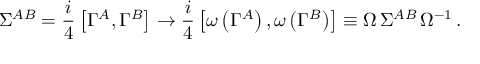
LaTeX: \Sigma ^ { A B } = { \frac { i } { 4 } } \left[ \Gamma ^ { A } , \Gamma ^ { B } \right] \to { \frac { i } { 4 } } \left[ \omega \left( \Gamma ^ { A } \right) , \omega \left( \Gamma ^ { B } \right) \right] \equiv \Omega \, \Sigma ^ { A B } \, \Omega ^ { - 1 } \, .